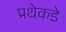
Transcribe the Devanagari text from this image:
प्रथेकडे